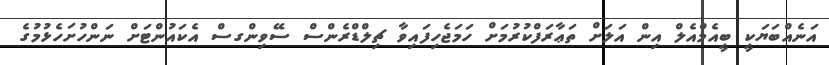
އަނެއްބަޔަކީ ބީއެމްއެލް އިން އަލަށް ތަޢާރަފްކުރުމަށް ހަމަޖެހިފައިވާ ޗިލްޑްރެންސް ސޭވިންގސް އެކައުންޓަށް ނަންހުށަހެޅުމުގެ